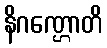
နိဂဏ္ဌောတိ